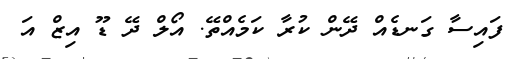
ފައިސާ ގަނޑެއް ދޭން ކުރާ ކަމެއްތޭ. އޯލް ދޭ ޑޫ އިޒް އަ